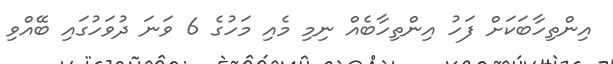
އިންތިހާބަކަށް ފަހު އިންތިހާބެއް ނިމި މެއި މަހުގެ 6 ވަނަ ދުވަހުގައި ބޭއްވި